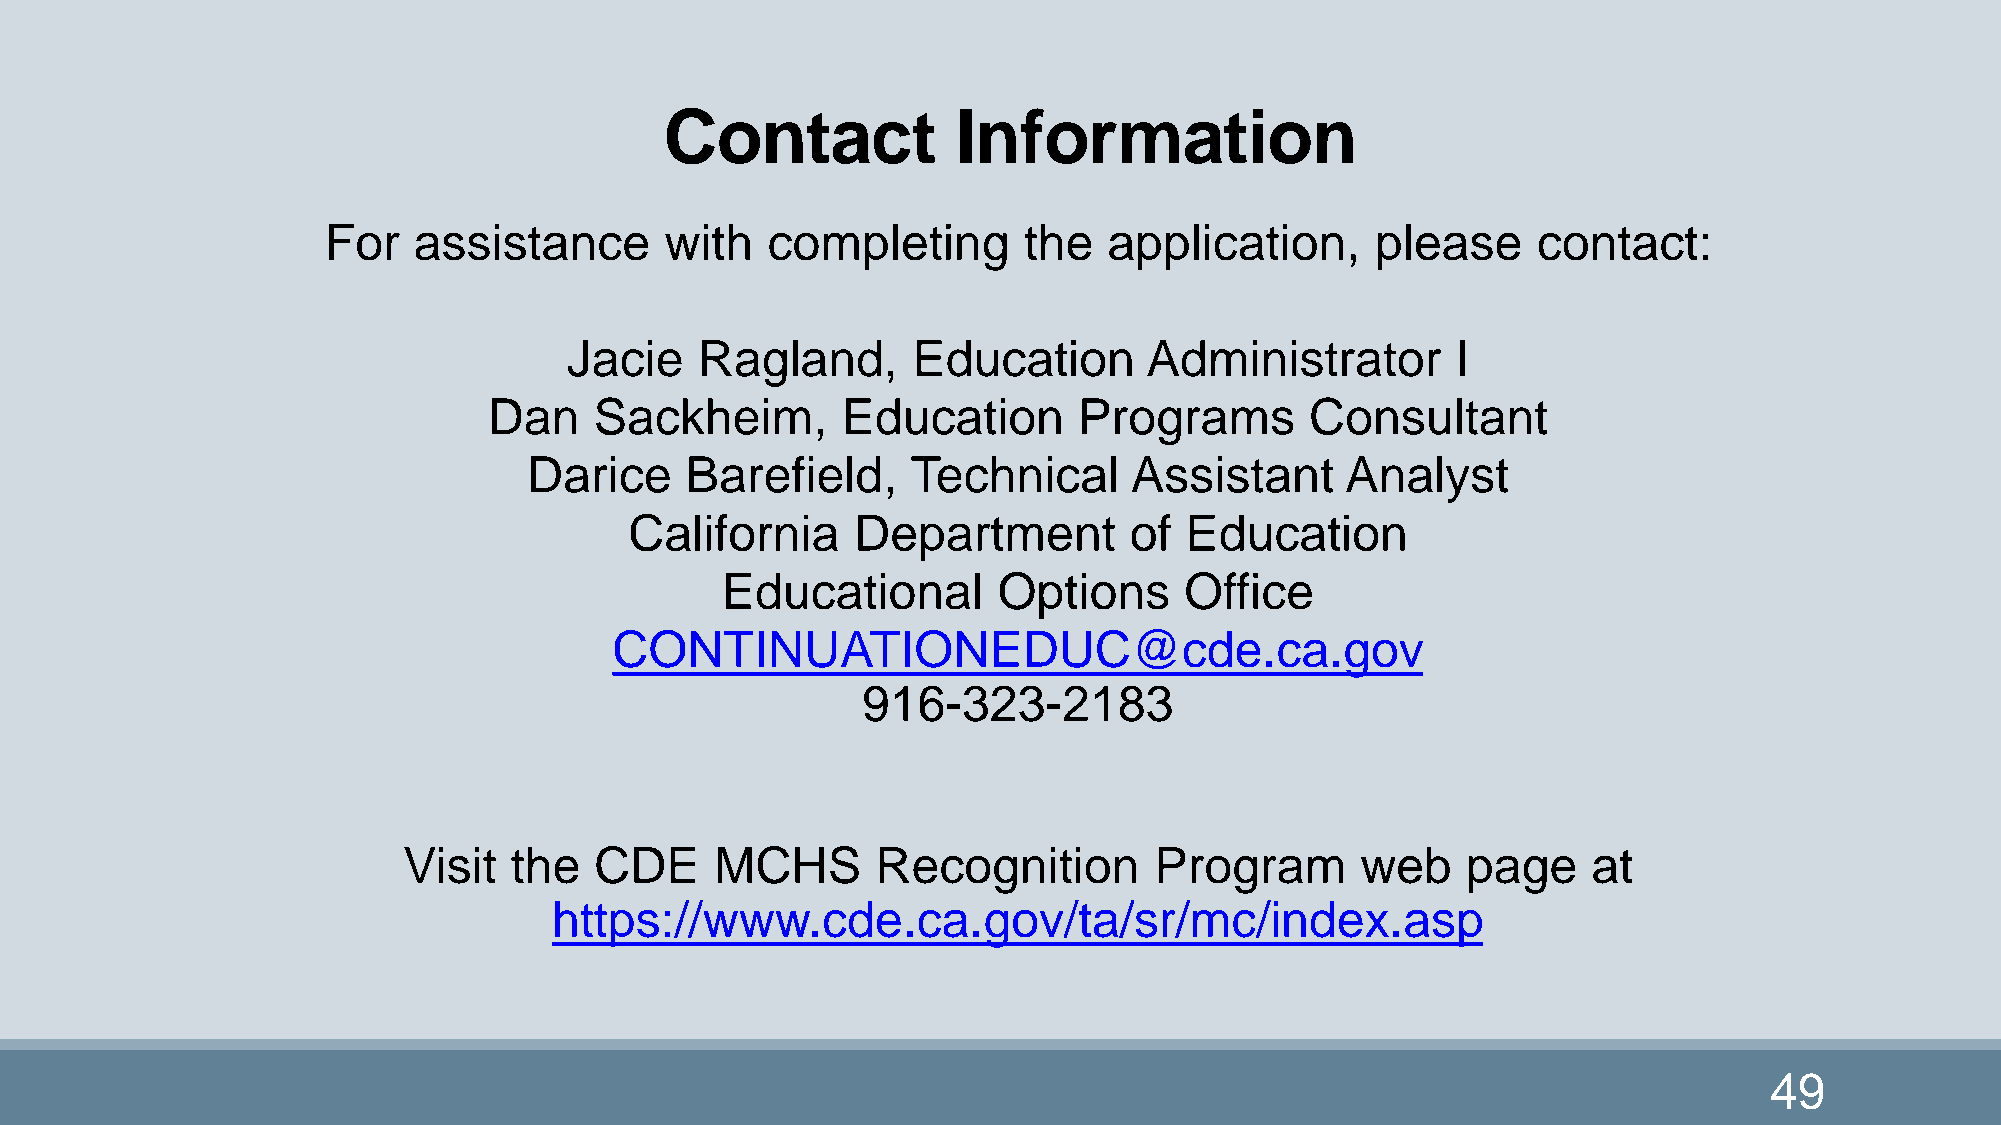
Contact            Information
 For   assistance       with   completing       the  application,      please     contact:
 Jacie   Ragland,      Education       Administrator       I
 Dan    Sackheim,        Education      Programs        Consultant
 Darice    Barefield,     Technical      Assistant     Analyst
 California     Department        of Education
 Educational       Options     Office
 CONTINUATIONEDUC@cde.ca.gov
 916-323-2183
 Visit  the  CDE     MCHS       Recognition       Program       web    page    at
 https://www.cde.ca.gov/ta/sr/mc/index.asp
 49